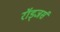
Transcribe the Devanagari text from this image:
रॉड्जर्स